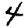
Digit: 4